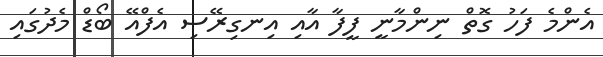
އެންމެ ފަހު ގޮތް ނިންމާނީ ފީފާ އާއި އިނގިރޭސި އެފްއޭ ބޯޑް މެދުގައި